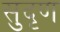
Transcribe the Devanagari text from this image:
सुदृण